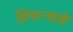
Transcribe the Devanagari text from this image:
ढिगार्‍याचे